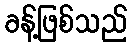
ခန့်ဖြစ်သည်